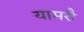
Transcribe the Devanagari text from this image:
यामरौ